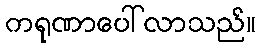
ကရုဏာပေါ်လာသည်။